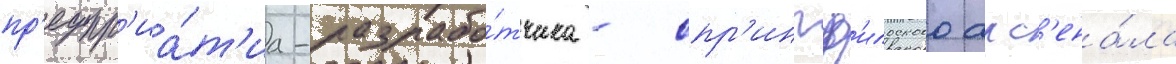
пр'едпр'иа́т'иа-разрабо́тчика - спр'ингф'илдского арс'ена́ла